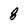
Character: 8